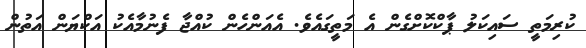
ކުރިމަތީ ސައިކަލު ޕާކްކޮށްގެން އެ މަތީގައެވެ. އެއަންހެން ކުއްޖާ ފެނުމާއެކު އަކްޔަން އަތުން